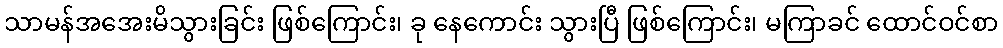
သာမန်အအေးမိသွားခြင်း ဖြစ်ကြောင်း၊ ခု နေကောင်း သွားပြီ ဖြစ်ကြောင်း၊ မကြာခင် ထောင်ဝင်စာ